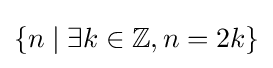
\{n\mid \exists k\in \mathbb {Z} ,n=2k\}